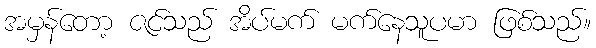
အမှန်တော့ ဇင်သည် အိပ်မက် မက်နေသူပမာ ဖြစ်သည်။